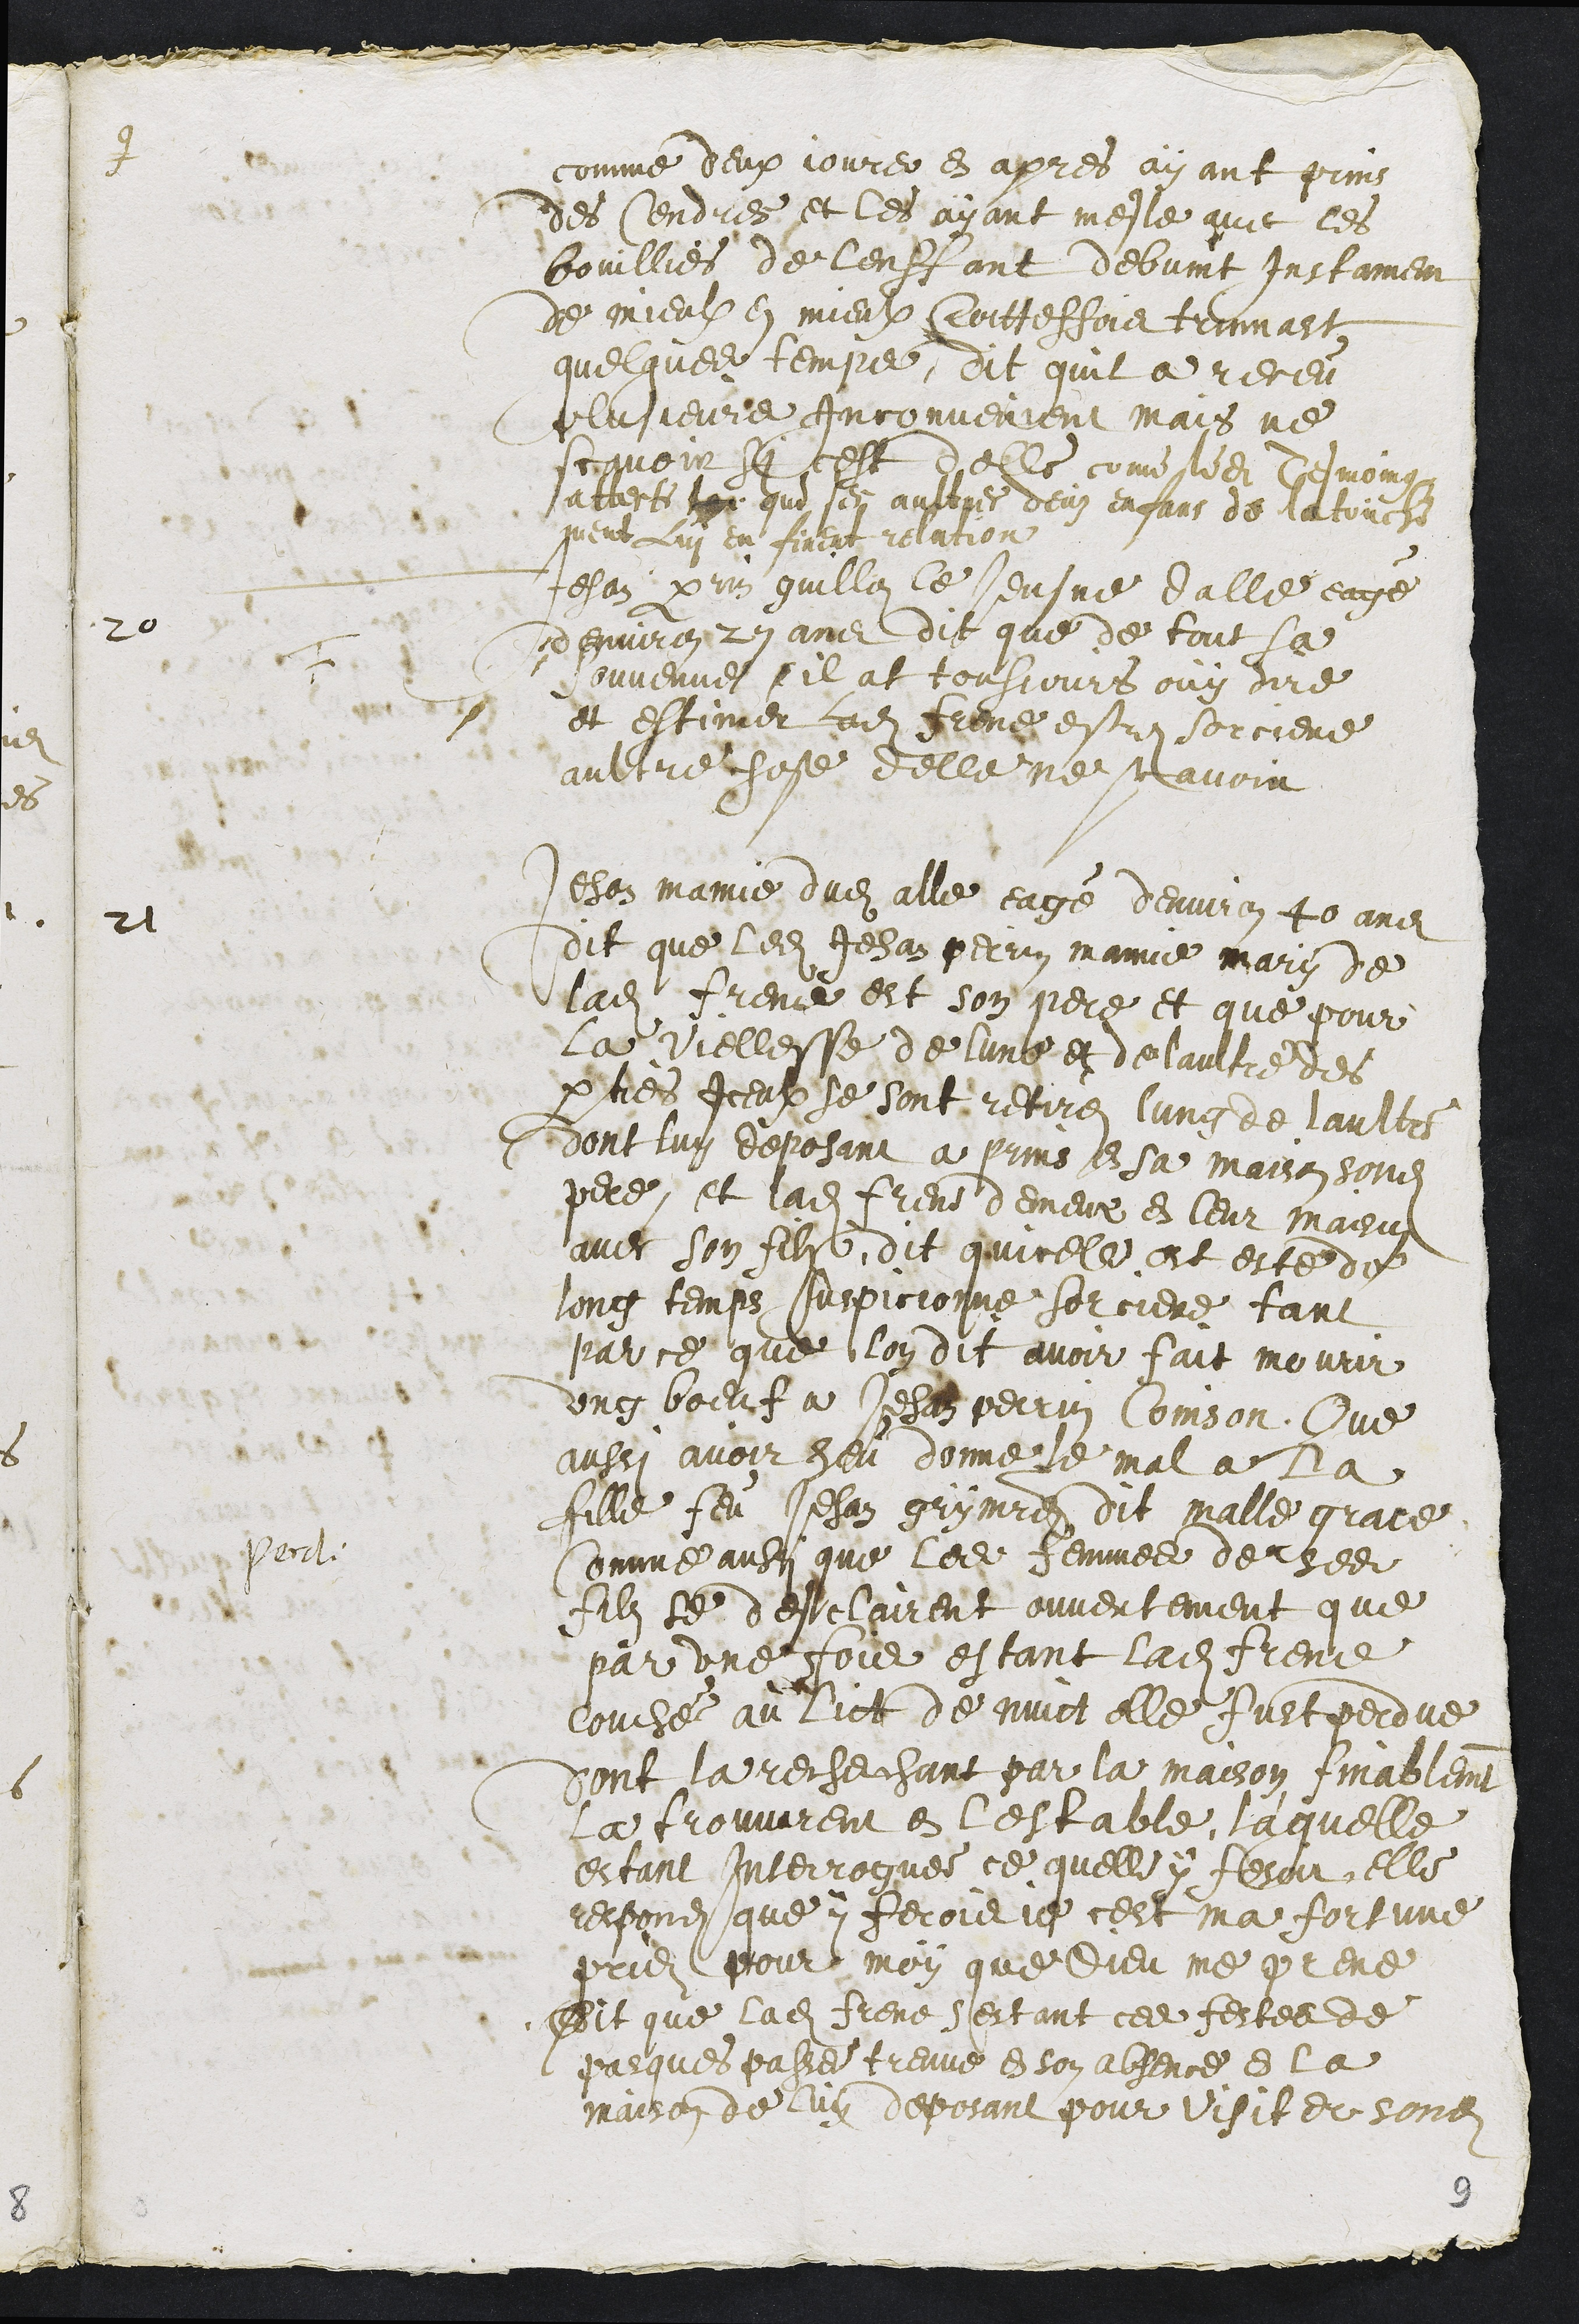
+
comme deux jours en apres ayant prins
des Cendres et les ayant mesle avec les
bouillies de lenffant debvint Instament
de mieulx en mieulx Toutteffois trinnast
quelque tempes, dit quil a receu
plusieurs inconvenient mais ne
scavoir si cest delle come ledit Tesmoing
atteste en que ses aultres deuz enfans de la touche
ment Lui en firent relation
20
F
Jehan perrin guillon le Jeusne dalle eagé
denviron 27 ans dit que de tout sa
souvenue il at tousjours ouy dire
et estimer ladite Frene estre sorciere
aultre chose delle ne scavoir
21
Jehan mamie dudit Alle eagé denviron 40 ans
dit que ledit Jehan perrin mamie mary de
ladite Frene est son pere et que pour
la viellesse de lune et de laultre des
parties iceulx se sont retires lung de laultre
dont luy deposant a prins en sa maison sondit
pere, et ladite Frene demeure en leur maison
avec son fils, dit quicele est este de
long temps suspicionne sorcieres tant
par ce que lon dit avoir fait mourir
ung boeuf a Jehan Perrin Coinson. Que
aussi avoir heu donne le mal a la
fille feu Jehan grimaitre dit malle grace
Perd:
Comme aussi que les femmes de ses
filz se desclairent ouvertement que
par une fois estant ladite Frene
couchée au lict de nuict elle fust perdue
dont la recherchant par la maison finablement
la trouvarent en lestable, laquelle
estant Interroguee ce quelle y fesoit, elle
respondit que y ferois je cest ma fortune
priez pour moy que Dieu me prene
Dit que ladite Frene sestant ces festes de
pasques passe treuve en son absence en la
maison de luy deposant pour visiter sondit
9